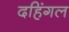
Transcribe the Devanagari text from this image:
दहिंगल